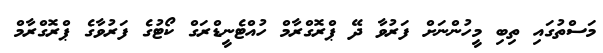
މަސްތުގައި ތިބި މީހުންނަށް ފަރުވާ ދޭ ޕްރޮގްރާމް ހުއްޓެނީޑްރަގް ކޯޓުގެ ފަރުވާގެ ޕްރޮގްރާމް